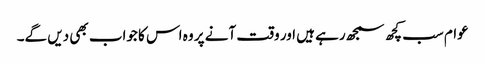
عوام سب کچھ سمجھ رہے ہیں اور وقت آنے پر وہ اس کا جواب بھی دیں گے۔